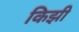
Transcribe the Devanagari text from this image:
किझी